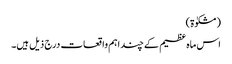
(مشکوٰۃ)
اس ماہ عظیم کے چند اہم واقعات درج ذیل ہیں۔